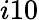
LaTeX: i10